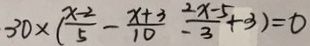
3 0 \times ( \frac { x - 2 } { 5 } - \frac { x + 3 } { 1 0 } - \frac { 2 x - 5 } { 3 } + 3 ) = 0